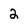
Character: 2